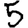
Digit: 5